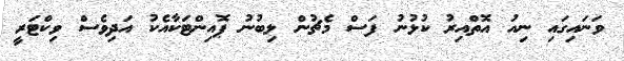
ވަނައިގައި ނިއު އޮތްއިރު ކުޅުނު ފަސް މެޗުން ލިބުނު ޕޮއިންޓަކާއެކު އަދިވެސް ވިކްޓަރީ